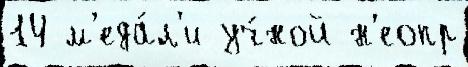
14 м'еда́л'и уч́ной н'еопр